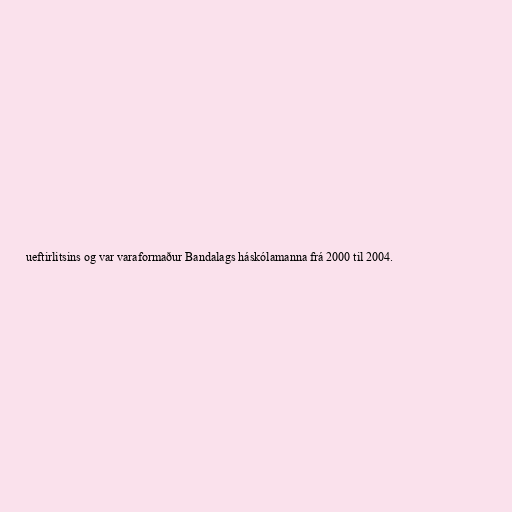
ueftirlitsins og var varaformaður Bandalags háskólamanna frá 2000 til 2004.